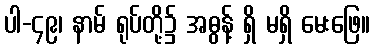
ပါ-၄၉၊ နာမ် ရုပ်တို့၌ အဓွန့် ရှိ မရှိ မေးဖြေ။